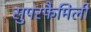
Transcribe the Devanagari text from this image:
सुपरफैमिली